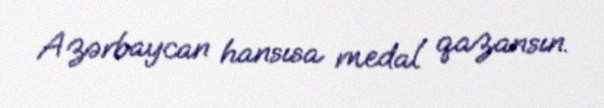
Azərbaycan hansısa medal qazansın.